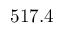
5 1 7 . 4